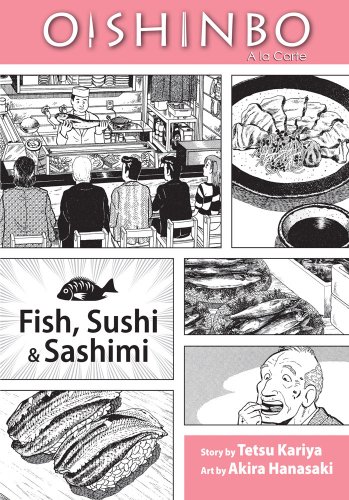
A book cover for Oishinbo: Ã  la Carte, Vol. 4: Fish, Sushi and Sashimi; Tetsu Kariya; Teen & Young Adult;